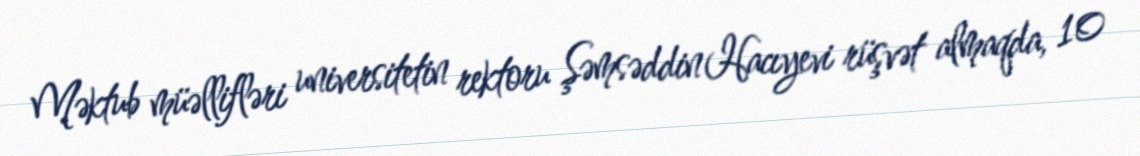
Məktub müəllifləri universitetin rektoru Şəmsəddin Hacıyevi rüşvət almaqda, 10